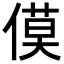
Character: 𪝡